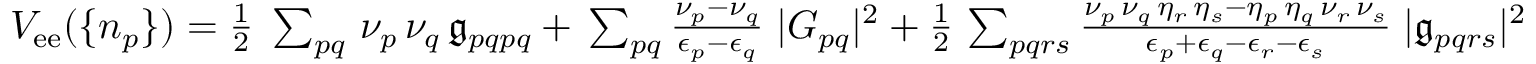
\begin{array} { r } { V _ { \mathrm { e e } } ( \{ n _ { p } \} ) = \frac { 1 } { 2 } \; \sum _ { p q } \, \nu _ { p } \, \nu _ { q } \, \mathfrak { g } _ { p q p q } + \, \sum _ { p q } \frac { \nu _ { p } - \nu _ { q } } { \epsilon _ { p } - \epsilon _ { q } } \; | G _ { p q } | ^ { 2 } + \frac { 1 } { 2 } \, \sum _ { p q r s } \frac { \nu _ { p } \, \nu _ { q } \, \eta _ { r } \, \eta _ { s } - \eta _ { p } \, \eta _ { q } \, \nu _ { r } \, \nu _ { s } } { \epsilon _ { p } + \epsilon _ { q } - \epsilon _ { r } - \epsilon _ { s } } \; | \mathfrak { g } _ { p q r s } | ^ { 2 } } \end{array}